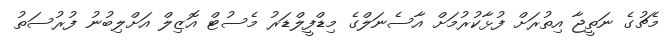
މެޗުގެ ނަތީޖާ އިތުރަށް ފުޅާކުރުމަށް އާސެނަލްގެ މިޑްފީލްޑަރު މެސުޓް އޮޒިލް އަށްލިބުނު ފުރުސަތު